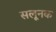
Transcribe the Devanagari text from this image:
सलूनक